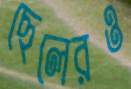
ছেলেরও